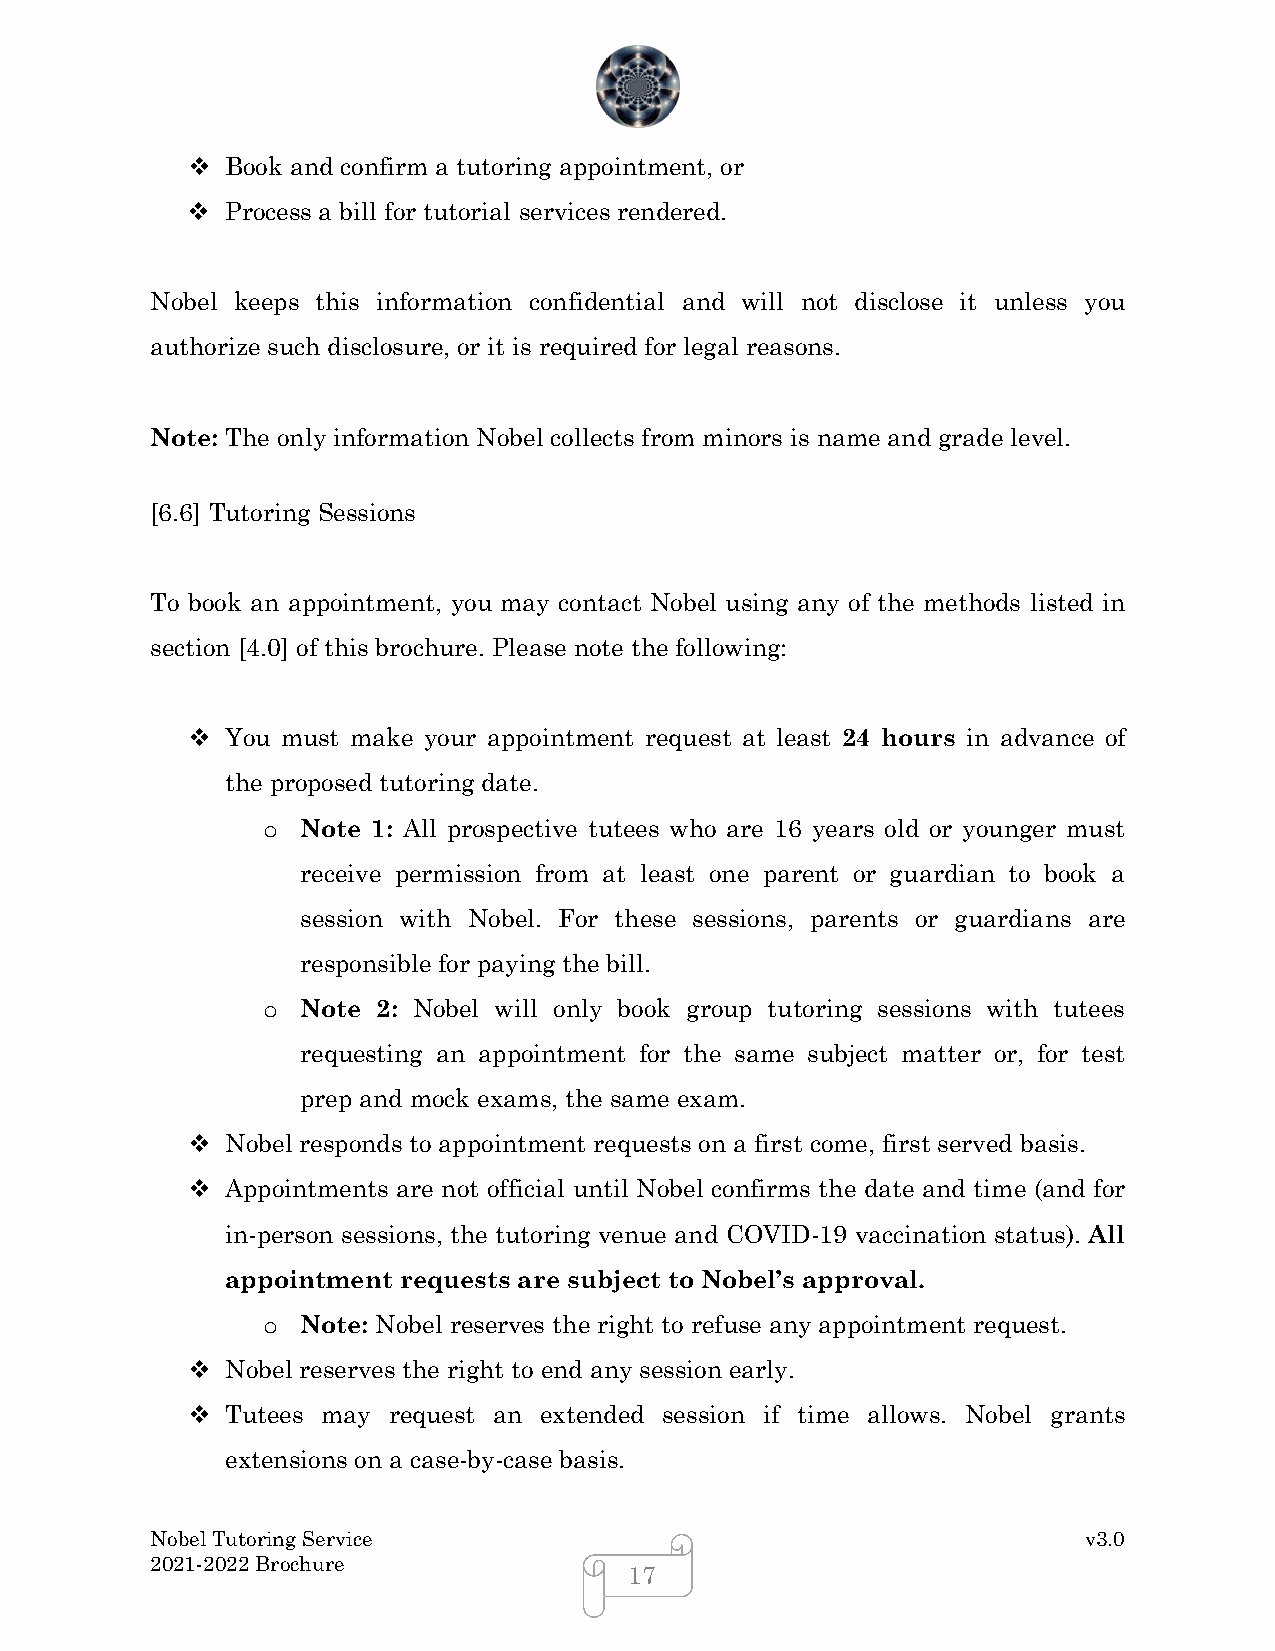
  Book and confirm a tutoring appointment, or
   Process a bill for tutorial services rendered.
 Nobel keeps this information confidential and will not disclose it unless you
 authorize such disclosure, or it is required for legal reasons.
 Note: The only information Nobel collects from minors is name and grade level.
 [6.6] Tutoring Sessions
 To book an appointment, you may contact Nobel using any of the methods listed in
 section [4.0] of this brochure. Please note the following:
   You must make your appointment request at least 24 hours in advance of
 the proposed tutoring date.
 Note 1: All prospective tutees who are 16 years old or younger must
 o
 receive permission from at least one parent or guardian to book a
 session with Nobel. For these sessions, parents or guardians are
 responsible for paying the bill.
 Note 2: Nobel will only book group tutoring sessions with tutees
 o
 requesting an appointment for the same subject matter or, for test
 prep and mock exams, the same exam.
   Nobel responds to appointment requests on a first come, first served basis.
   Appointments are not official until Nobel confirms the date and time (and for
 in-person sessions, the tutoring venue and COVID-19 vaccination status). All
 appointment requests are subject to Nobel’s approval.
 Note: Nobel reserves the right to refuse any appointment request.
 o
   Nobel reserves the right to end any session early.
   Tutees may request an extended session if time allows. Nobel grants
 extensions on a case-by-case basis.
 Nobel Tutoring Service                                        v3.0
 2021-2022 Brochure
 17